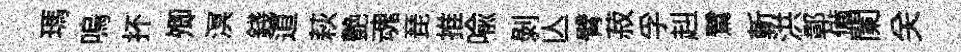
瑪嗚抔𡖖溟錢道萩艶魂琵推喩剥亾臂菽孚赳鷺斬洪鄣備闌关